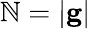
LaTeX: \mathbb{N}=|{\mathbf{g}}|